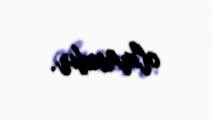
olmasıdır.